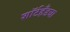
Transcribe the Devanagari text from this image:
शॉर्टहँडचा